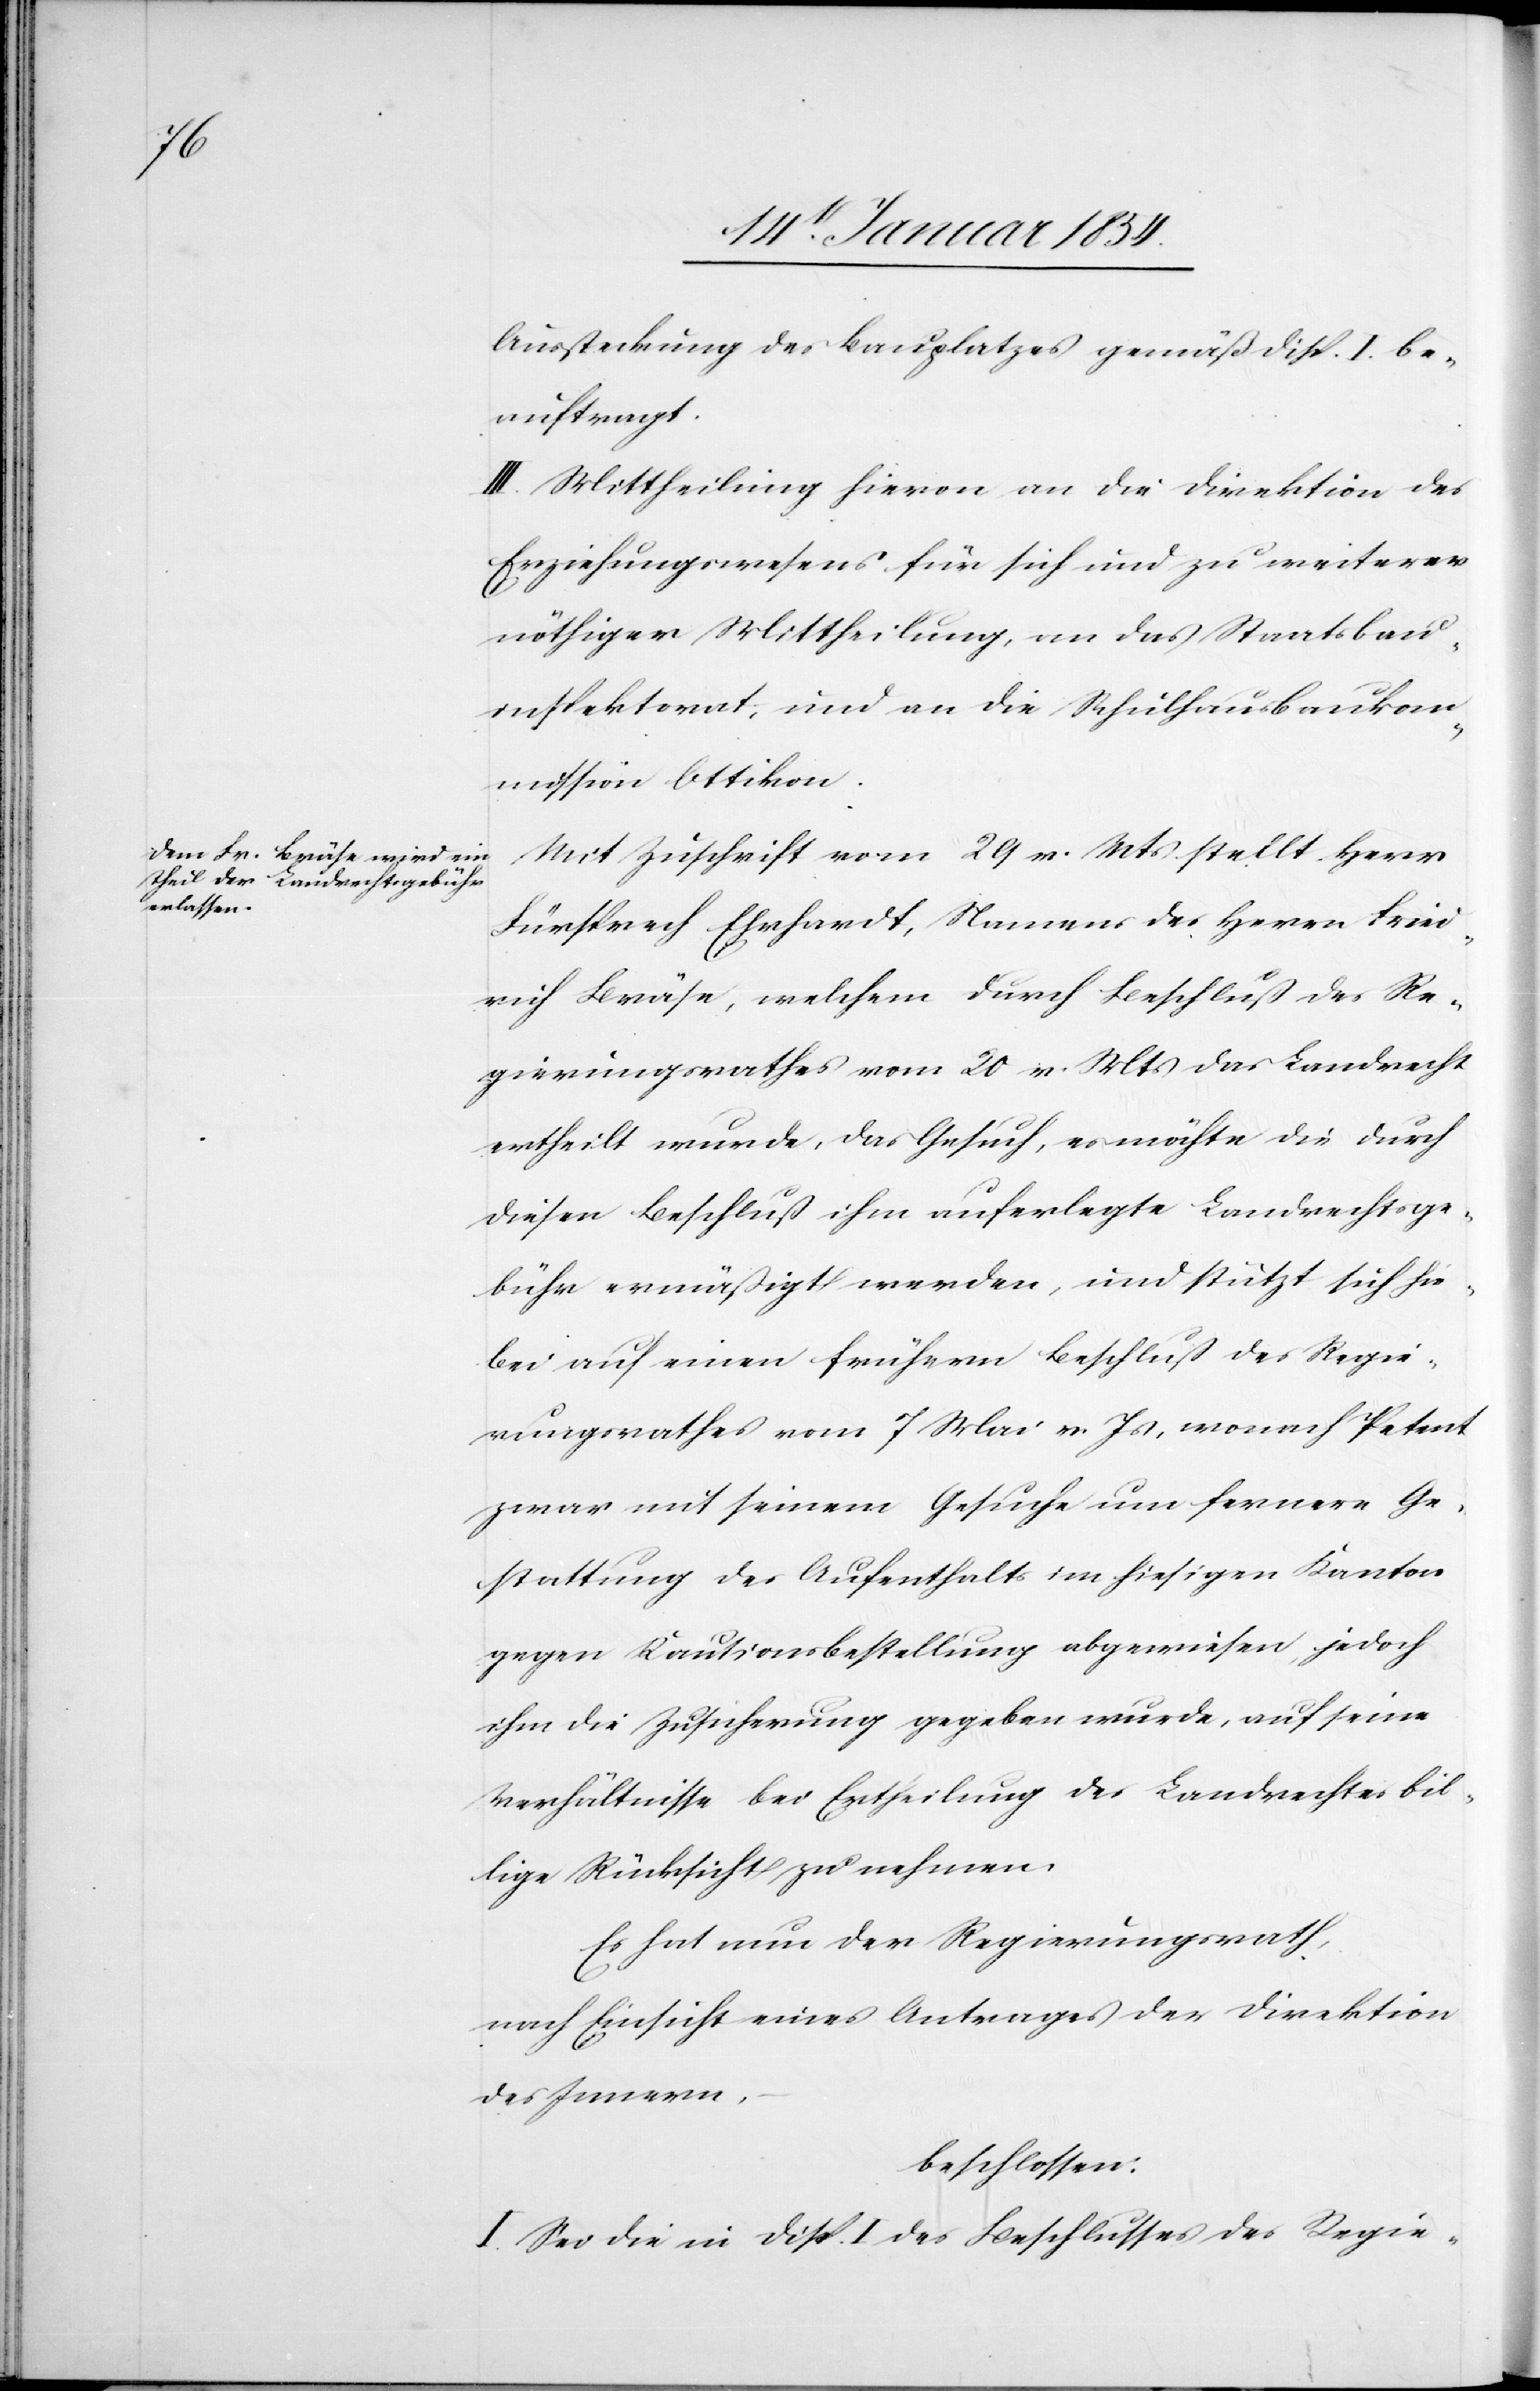
Aussteckung des Bauplatzes gemäß Disp. I. be¬
auftragt.
III. Mittheilung hievon an die Direktion des
Erziehungswesens für sich und zu weiterer
nöthiger Mittheilung, an das Staatsbau¬
inspektorat, und an die Schulhausbaukom¬
mission Ottikon.
Mit Zuschrift vom 29 v. Mts stellt Herr
Fürsprech Ehrhardt, Namens des Herrn Fried¬
rich Bräse, welchem durch Beschluß des Re¬
gierungsrathes vom 20 v. Mts das Landrecht
ertheilt wurde, das Gesuch, es möchte die durch
diesen Beschluß ihm auferlegte Landrechtsge¬
bühr ermäßigt werden, und stützt sich hie¬
bei auf einen frühern Beschluß des Regie¬
rungsrathes vom 7 Mai v. Js, wonach Petent
zwar mit seinem Gesuche um fernere Ge¬
stattung des Aufenthalts im hiesigen Kanton
gegen Kautionsbestellung abgewiesen, jedoch
ihm die Zusicherung gegeben wurde, auf seine
Verhältnisse bei Ertheilung des Landrechtes bil¬
lige Rücksicht zu nehmen
Es hat nun der Regierungsrath,
nach Einsicht eines Antrages der Direktion
des Innern,
beschlossen:
I. Sei die in Disp. I des Beschlusses des Regie-